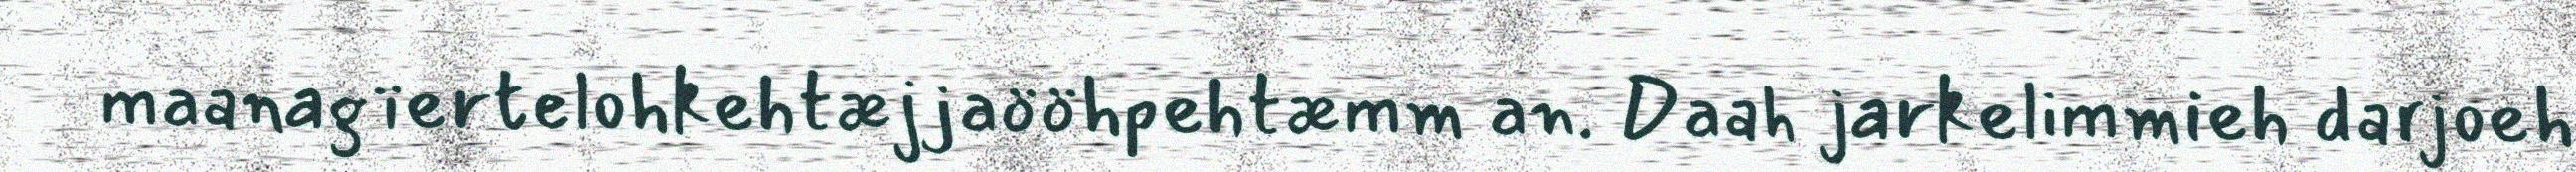
maanagïertelohkehtæjjaööhpehtæmm an. Daah jarkelimmieh darjoeh